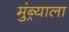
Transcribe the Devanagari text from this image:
मुंब्र्याला